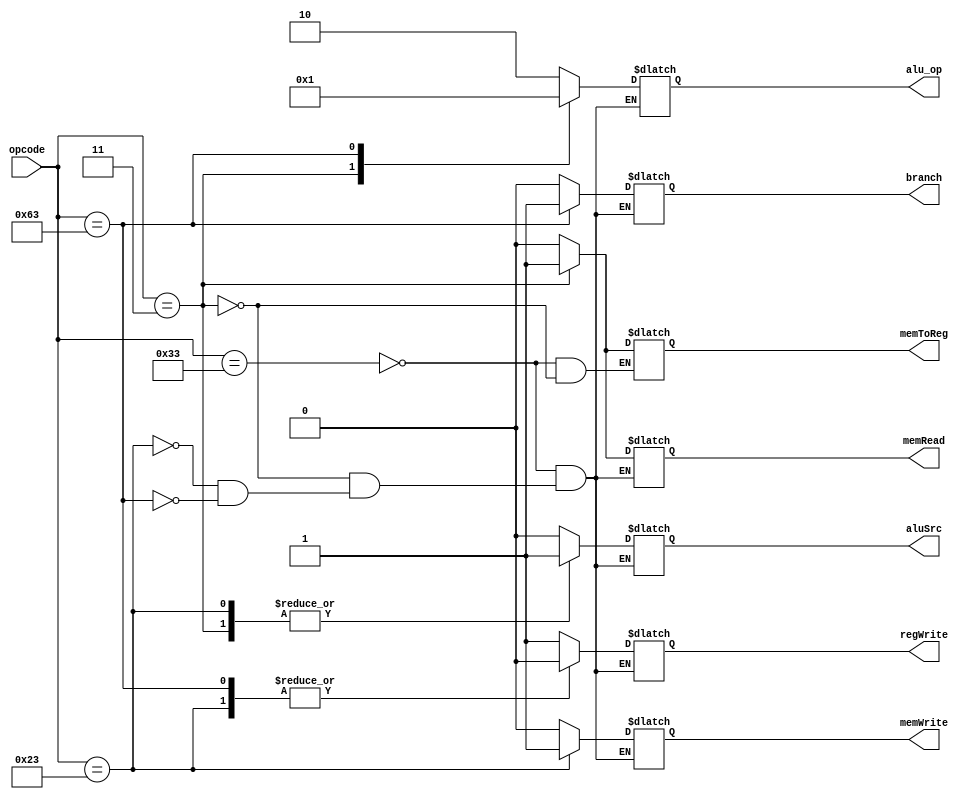
module control_unit(
                    input [6:0] opcode,
                    output reg[1:0] alu_op,
                    output reg branch,memRead,memToReg,memWrite,aluSrc,regWrite
    );
    always @(*)
    begin
        case(opcode)
        7'b0110011: //ADD
        begin 
            alu_op =   2'b10;
            branch =   1'b0;
            memRead =  1'b0;
            memToReg = 1'b0;
            memWrite = 1'b0;
            aluSrc =   1'b0;
            regWrite = 1'b1;
        end
        7'b0110011: //SUBSTRACT
        begin
            alu_op =   2'b01;
            branch =   1'b0;
            memRead =  1'b0;
            memToReg = 1'b0;
            memWrite = 1'b0;
            aluSrc =   1'b0;
            regWrite = 1'b1;
        end
        7'b0110011: //AND
        begin
        alu_op =   2'b10;
        branch =   1'b0;
        memRead =  1'b0;
        memToReg = 1'b0;
        memWrite = 1'b0;
        aluSrc =   1'b0;
        regWrite = 1'b1;

        end
        7'b0110011: //OR
        begin
        alu_op =   2'b10;
        branch =   1'b0;
        memRead =  1'b0;
        memToReg = 1'b0;
        memWrite = 1'b0;
        aluSrc =   1'b0;
        regWrite = 1'b1;
        end
        //////////////////////
        7'b0000011: //LD
        begin
        alu_op =   2'b00;
        branch =   1'b0;
        memRead =  1'b1;
        memToReg = 1'b1;
        memWrite = 1'b0;
        aluSrc =   1'b1;
        regWrite = 1'b1;
        end
        7'b0100011: //SD
        begin
        alu_op =   2'b10;
        branch =   1'b0;
        memRead =  1'b0;
        memWrite = 1'b1;
        aluSrc =   1'b1;
        regWrite = 1'b0;


        end
        7'b1100011: //BEQ
        begin
        alu_op =   2'b01;
        branch =   1'b1;
        memRead =  1'b0;
        memWrite = 1'b0;
        aluSrc =   1'b0;
        regWrite = 1'b0;
        end
   endcase 
   end
endmodule